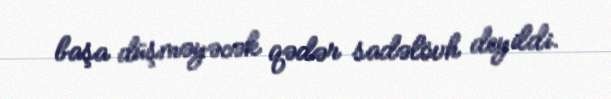
başa düşməyəcək qədər sadəlövh deyildi.